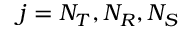
j = N _ { T } , N _ { R } , N _ { S }